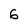
Character: 6